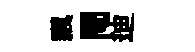
飄閜迪